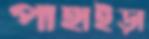
পাহাইড়া